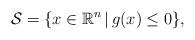
LaTeX: \begin{align*}\mathcal{S}=\{x\in \mathbb{R}^n\,|\,g(x)\leq0\},\end{align*}